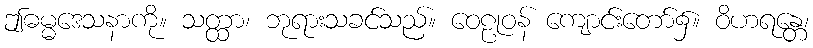
ဤဓမ္မဒေသနာကို။ သတ္ထာ၊ ဘုရားသခင်သည်။ ဝေဠုဝန် ကျောင်းတော်၌။ ဝိဟရန္တေ၊